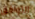
التوافق